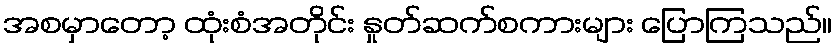
အစမှာတော့ ထုံးစံအတိုင်း နှုတ်ဆက်စကားများ ပြောကြသည်။